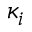
\kappa _ { i }